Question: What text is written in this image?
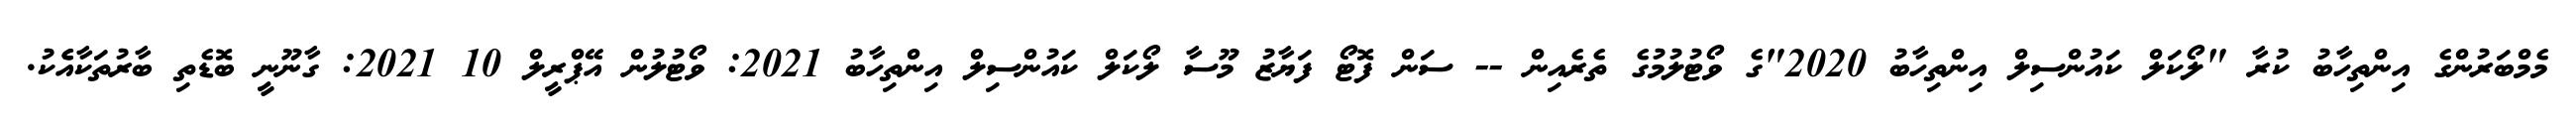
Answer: މެމްބަރުންގެ އިންތިހާބު ކުރާ "ލޯކަލް ކައުންސިލް އިންތިހާބު 2020"ގެ ވޯޓުލުމުގެ ތެރެއިން -- ސަން ފޮޓޯ ފަޔާޒު މޫސާ ލޯކަލް ކައުންސިލް އިންތިހާބު 2021: ވޯޓުލުން އޭޕްރީލް 10 2021: ގާނޫނީ ބޮޑެތި ބާރުތަކާއެެކު.